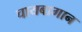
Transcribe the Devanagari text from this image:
चायबागान